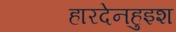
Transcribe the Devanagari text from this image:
हारदेनहुइश